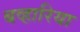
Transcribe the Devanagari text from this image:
बव्हारिया